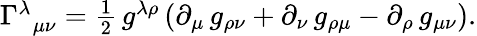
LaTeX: \begin{array}{r}{\Gamma_{\, \, \, \mu\nu}^{\lambda}=\frac{1}{2}\, g^{\lambda\rho}\left(\partial_{\mu}\, g_{\rho\nu}+\partial_{\nu}\, g_{\rho\mu}-\partial_{\rho}\, g_{\mu\nu}\right).}\end{array}